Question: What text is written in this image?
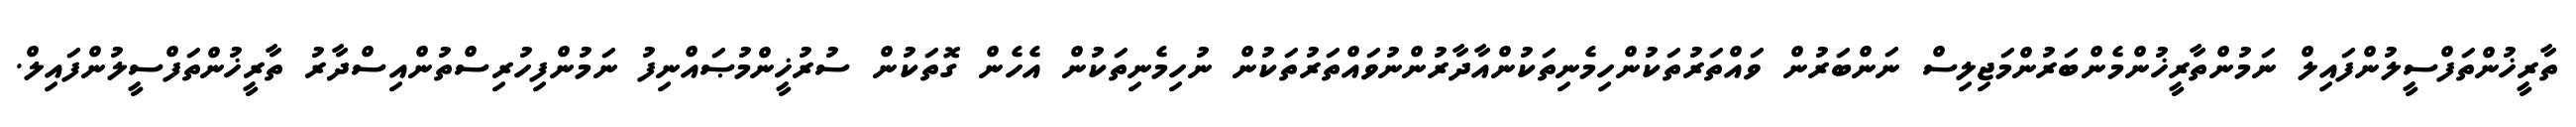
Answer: ތާރީޚުންތަފްސީލުންފައިލް ނަމުންތާރީޚުންމެންބަރުންމަޖިލިސް ނަންބަރުން ވައްތަރުތަކުންހިމެނިތަކުންއާދާރުންނުވައްތަރުތަކުން ނުހިމެނިތަކުން އެހެން ގޮތަކުން ސުރުޚީންމުޞައްނިފު ނަމުންފިހުރިސްތުންއިސްދާރު ތާރީޚުންތަފްސީލުންފައިލް.